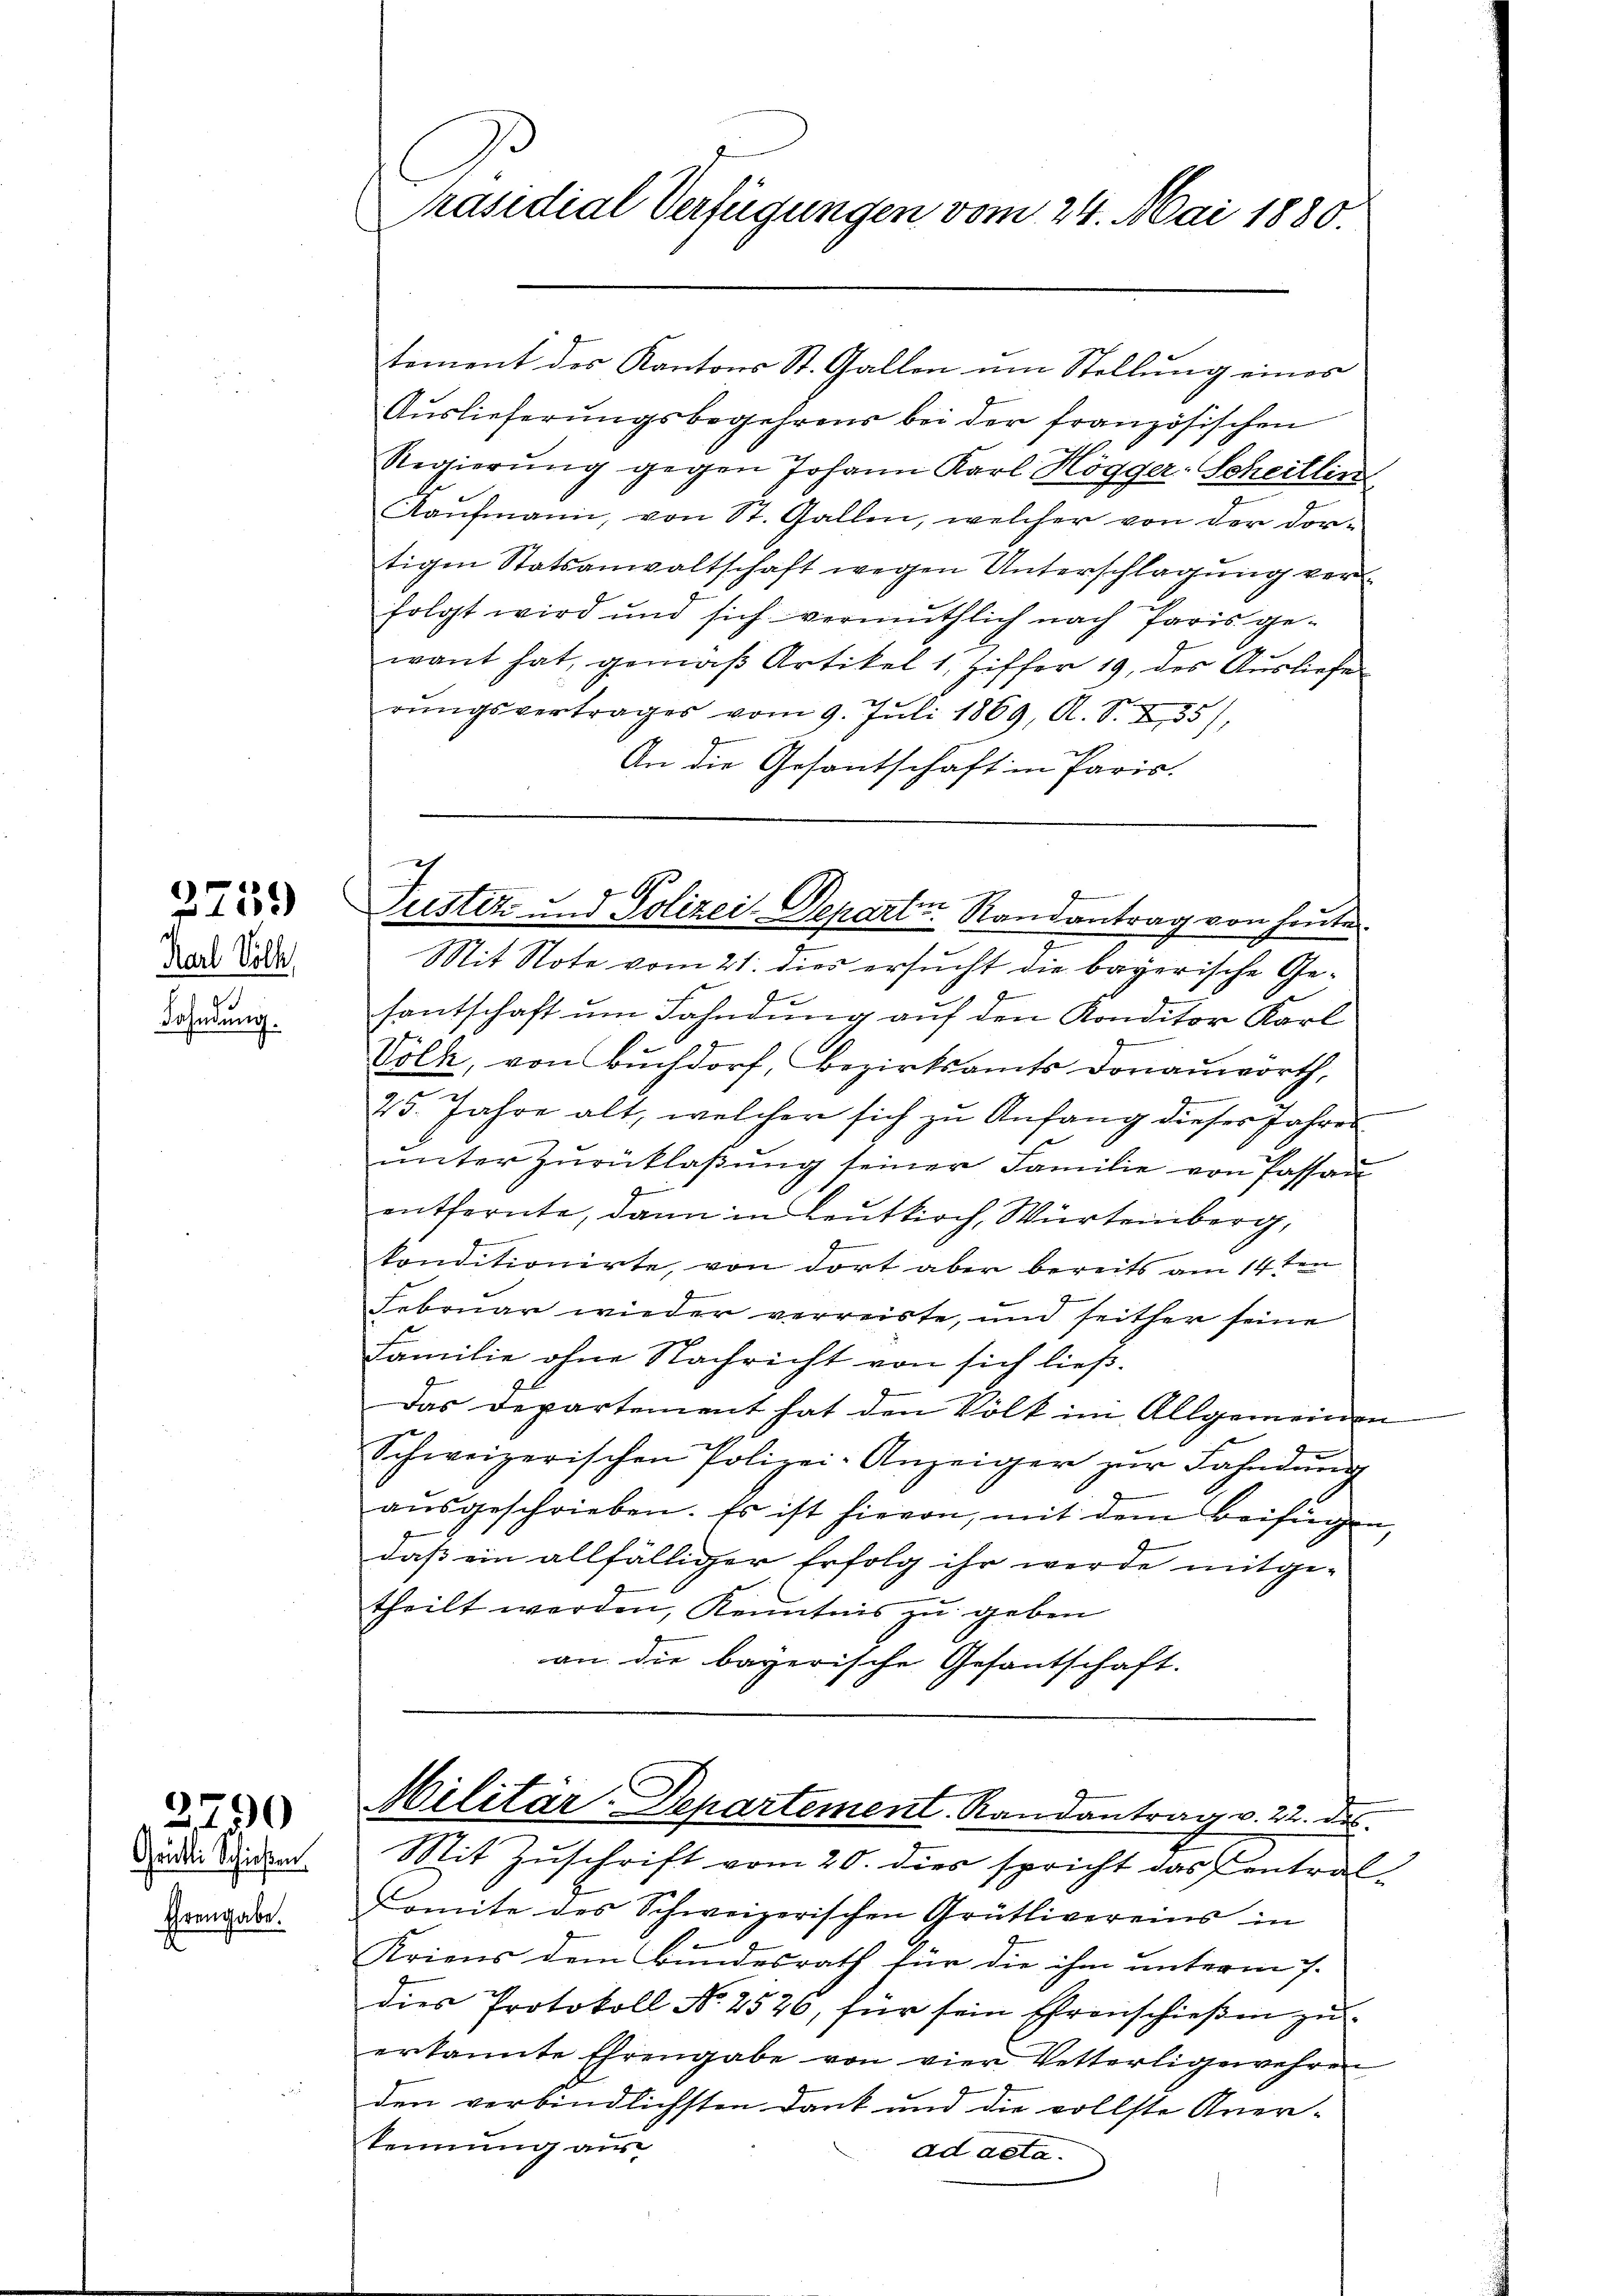
2759

Karl Soll
Fahndung.

Ehrengabe.
d

3790
Grütli Schiesen.

Präsidial Verfügungen vom 24. Mai 1880.

Auslieferungsbegehrens bei der französischen
Regierŭng gegen Johann Karl Högger-Scheitlin
Kaufmann, von St. Gallen, welcher von der dortigen Statsanwaltschaft wegen Unterschlagung verfolgt wird und sich vermuthlich nach Paris gewant hat, gemäß Artikel 1, Ziffer 19, des Ausliefe
rŭngsvertrages vom 9. Juli 1869, A. S. 255)
An die Gesantschaft in Paris.

tement des Kantons St. Gallen um Stellung eines

I
Justiz und Polizei-Departen Randantrag von heute

Mit Note vom 21. dies ersucht die bayerische Gesantschaft um Fahndung auf den Konditor Karl
Volk, von Buchdorf, Bezirksamts Donauwörth,
25. Jahre alt, welcher sich zu Anfang dieser Jahres
ŭnter Zurücklaßung seiner Familie von Passan
9
entfernte, dann in Leutkirch, Würtemberg,
konditionirte, von dort aber bereits am 14ten
Februar wieder verreiste, und seither seine
Familie ohne Nachricht von sich ließ.
Das Departement hat den Volk im Allgemeinen
Schweizerischen Polizei-Anzeiger zŭr Fahndŭng
ausgeschrieben. Es ist hievon, mit dem Beifügen,
daß ein allfälliger Erfolg ihr werde mitge-
theilt werden, Kenntnis zu geben
an die bayerische Gesantschaft.

Militär-Departement. Randantrag v. 22. des
Mit Zuschrift vom 20. dies spricht das entral-

Comite des Schweizerischen Grütlivereins in
Kriens dem Bundesrath für die ihm unterm 7.
dies Protokoll No 2526, für sein Ehrenschießen zu
erkannte Ehrengabe von vier Vetterligewehren
den verbindlichsten Dank und die vollste Aner-
kennung aus
ad acta.
f